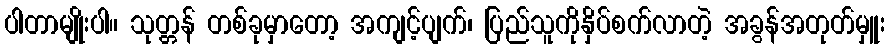
ပါတာမျိုးပါ။ သုတ္တန် တစ်ခုမှာတော့ အကျင့်ပျက်၊ ပြည်သူကိုနှိပ်စက်လာတဲ့ အခွန်အတုတ်မှူး